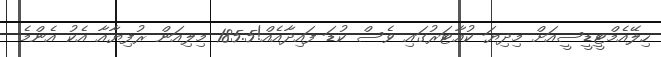
ހިލޭއެމްޓީޑީސީއަށް މިދިޔަ ކުއާޓަރުގައި ވެސް ކުޑަ ފައިދާއެއް!185.5 މިލިއަން ރުފިޔާއާ އެކު އެންމެ